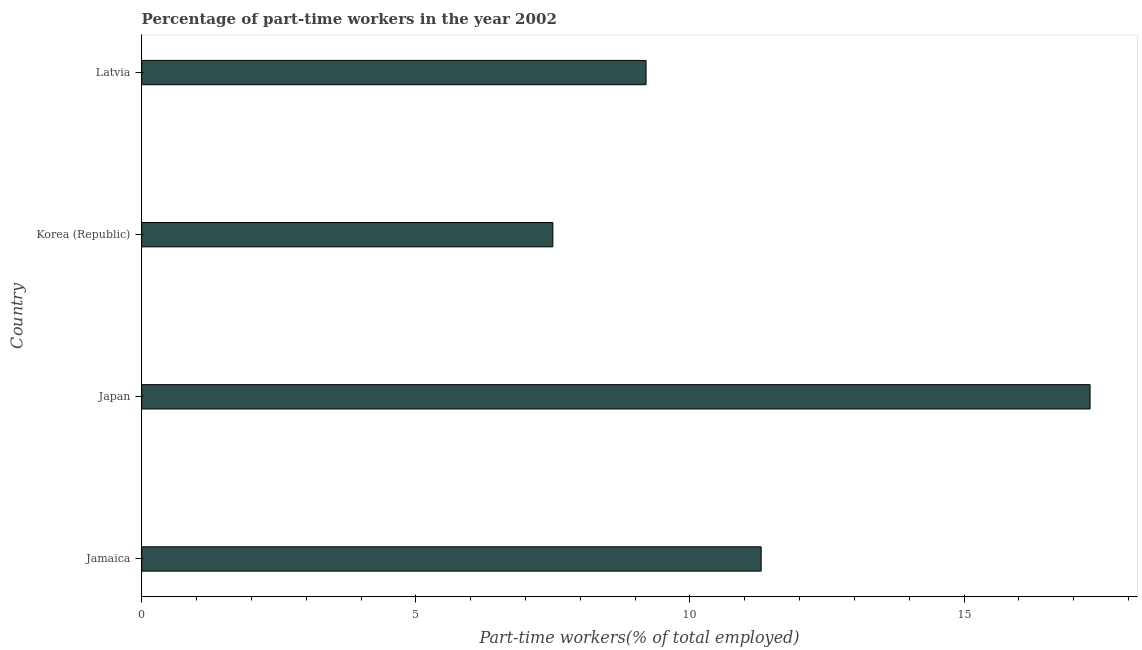
| Country | Part time employment |
 | --- | --- |
 | Jamaica | 11.3 |
 | Japan | 17.3 |
 | Korea (Republic) | 7.5 |
 | Latvia | 9.2 |